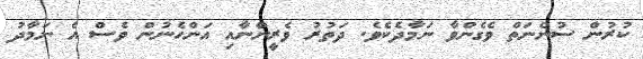
ކުރުން ސުންނަތް ވެގެންވާ ނަމާދެކެވެ. ދަތުރު ވެރީންނާއި އަންހެނުން ވެސް އެ ނަމާދު